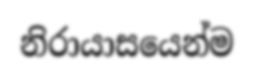
නිරායාසයෙන්ම